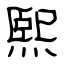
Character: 熙